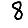
Digit: 8